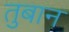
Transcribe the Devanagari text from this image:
तुबान